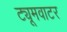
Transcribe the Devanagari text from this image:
ट्यूमवाटर